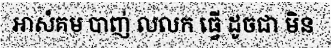
អាសំគម បាញ់ លលក ធ្វើ ដូចជា មិន